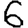
Digit: 6